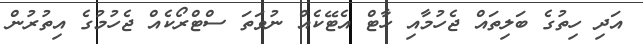
އަދި ހިތުގެ ބަލިތައް ޖެހުމާއި ހާޓް އެޓޭކެއް ނުވަތަ ސްޓްރޯކެއް ޖެހުމުގެ އިތުރުން